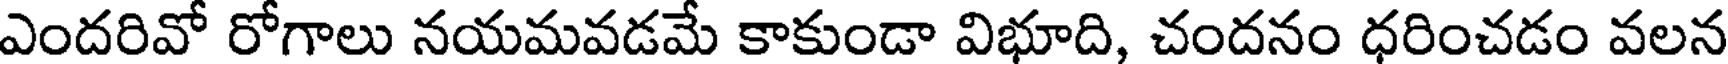
ఎందరివో రోగాలు నయమవడమే కాకుండా విభూది, చందనం ధరించడం వలన